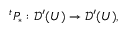
{ } ^ { t } P _ { * } : { \mathcal { D } } ^ { \prime } ( U ) \to { \mathcal { D } } ^ { \prime } ( U ) ,